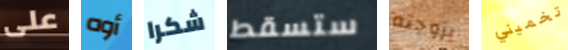
على أوه شكرا ستسقط بزوجته تخميني